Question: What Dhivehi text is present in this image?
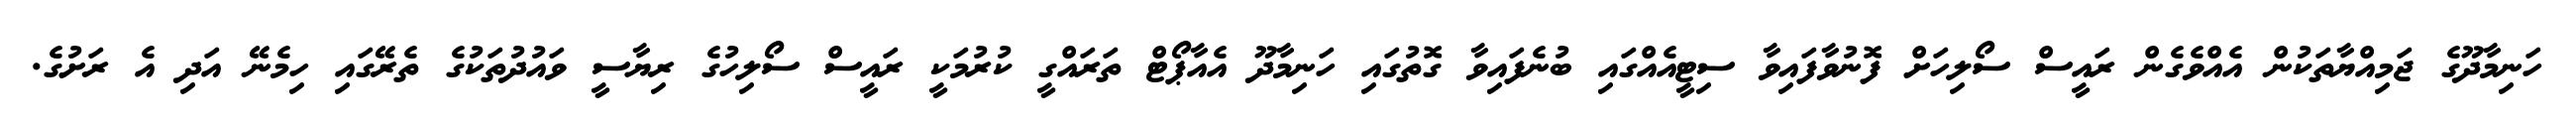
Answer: ހަނިމާދޫގެ ޖަމިއްޔާތަކުން އެއްވެގެން ރައީސް ސޯލިހަށް ފޮނުވާފައިވާ ސިޓީއެއްގައި ބުނެފައިވާ ގޮތުގައި ހަނިމާދޫ އެއާޕޯޓް ތަރައްގީ ކުރުމަކީ ރައީސް ސޯލިހުގެ ރިޔާސީ ވައުދުތަކުގެ ތެރޭގައި ހިމެނޭ އަދި އެ ރަށުގެ.